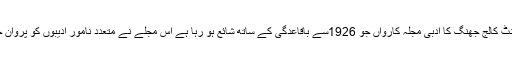
گورنمنٹ کالج جھنگ کا ادبی مجلہ کارواں جو 1926سے باقاعدگی کے ساتھ شائع ہو رہا ہے اس مجلے نے متعدد نامور ادیبوں کو پروان چڑھایا۔